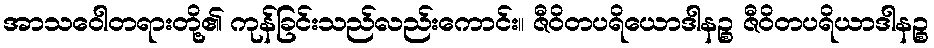
အာသဝေါတရားတို့၏ ကုန်ခြင်းသည်လည်းကောင်း။ ဇီဝိတပရိယောဒါနဉ္စ ဇီဝိတပရိယာဒါနဉ္စ